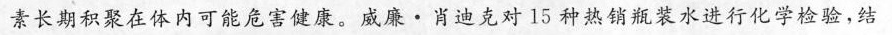
素长期积聚在体内可能危害健康。威廉·肖迪克对15种热销瓶装水进行化学检验，结